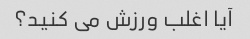
آیا اغلب ورزش می کنید؟